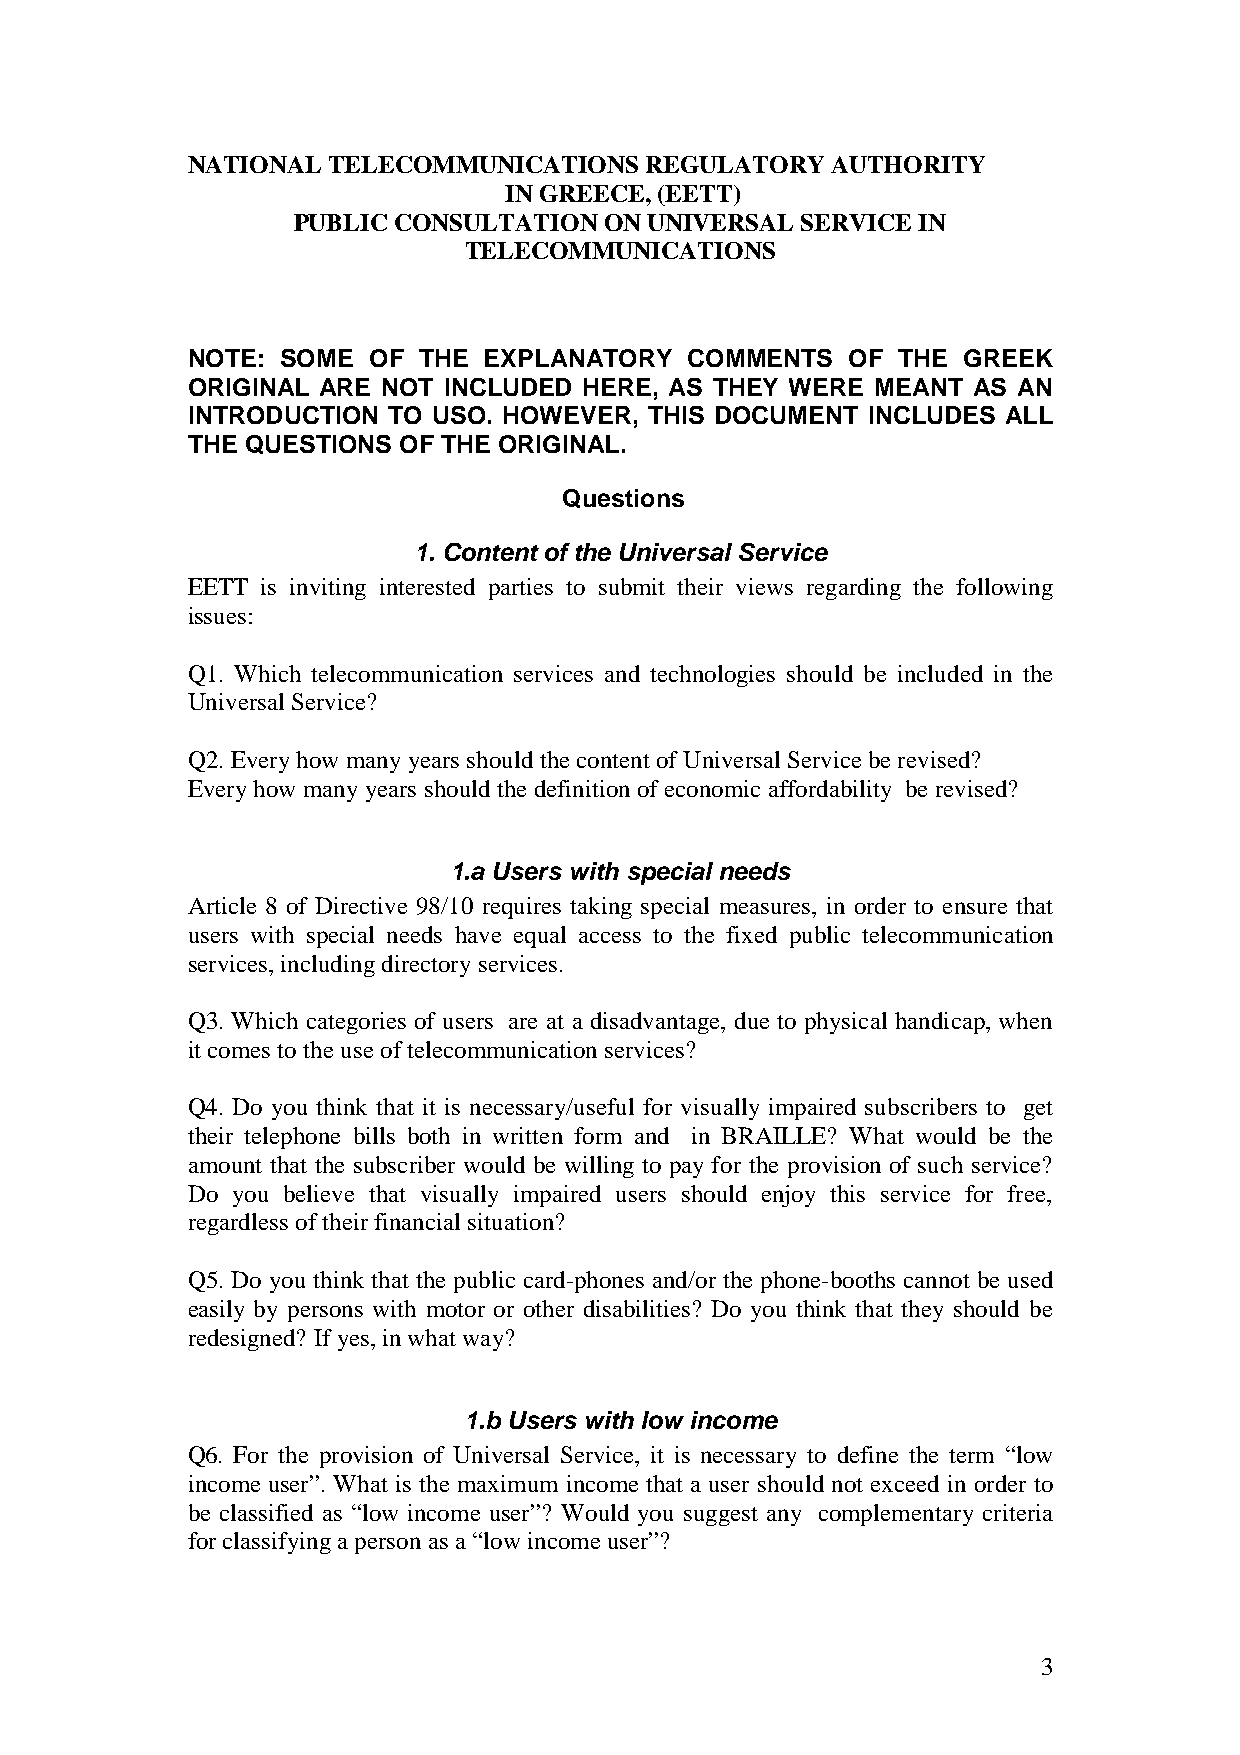
NATIONAL  TELECOMMUNICATIONS   REGULATORY  AUTHORITY
 IN GREECE, (EETT)
 PUBLIC CONSULTATION  ON UNIVERSAL SERVICE IN
 TELECOMMUNICATIONS
 NOTE:  SOME OF  THE EXPLANATORY   COMMENTS  OF THE  GREEK
 ORIGINAL ARE NOT INCLUDED  HERE, AS THEY WERE MEANT AS AN
 INTRODUCTION  TO USO. HOWEVER, THIS DOCUMENT INCLUDES  ALL
 THE QUESTIONS OF THE ORIGINAL.
 Questions
 1. Content of the Universal Service
 EETT is inviting interested parties to submit their views regarding the following
 issues:
 Q1. Which telecommunication services and technologies should be included in the
 Universal Service?
 Q2. Every how many years should the content of Universal Service be revised?
 Every how many years should the definition of economic affordability be revised?
 1.a Users with special needs
 Article 8 of Directive 98/10 requires taking special measures, in order to ensure that
 users with special needs have equal access to the fixed public telecommunication
 services, including directory services.
 Q3. Which categories of users are at a disadvantage, due to physical handicap, when
 it comes to the use of telecommunication services?
 Q4. Do you think that it is necessary/useful for visually impaired subscribers to get
 their telephone bills both in written form and in BRAILLE? What would be the
 amount that the subscriber would be willing to pay for the provision of such service?
 Do you believe that visually impaired users should enjoy this service for free,
 regardless of their financial situation?
 Q5. Do you think that the public card-phones and/or the phone-booths cannot be used
 easily by persons with motor or other disabilities? Do you think that they should be
 redesigned? If yes, in what way?
 1.b Users with low income
 Q6. For the provision of Universal Service, it is necessary to define the term “low
 income user”. What is the maximum income that a user should not exceed in order to
 be classified as “low income user”? Would you suggest any complementary criteria
 for classifying a person as a “low income user”?
 3